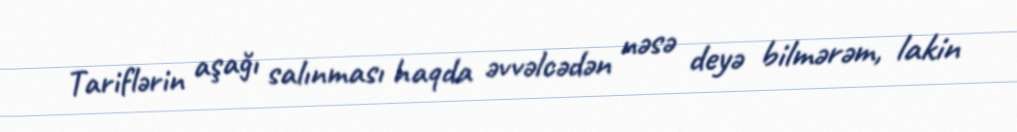
Tariflərin aşağı salınması haqda əvvəlcədən nəsə deyə bilmərəm, lakin